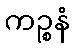
ကဉ္စနံ